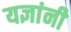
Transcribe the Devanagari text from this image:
यज्ञांनी